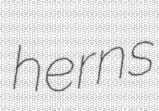
herns